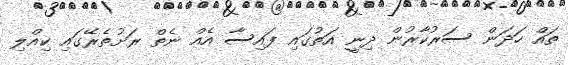
ތައް ހަދަން ސަރުކާރުން ދިނީ އަތުގައި ފައިސާ އެއް ނެތް ރަށުތެރޭގައި ކިއްލި